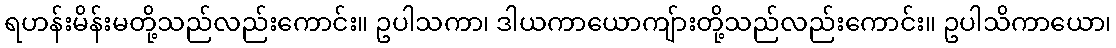
ရဟန်းမိန်းမတို့သည်လည်းကောင်း။ ဥပါသကာ၊ ဒါယကာယောကျ်ားတို့သည်လည်းကောင်း။ ဥပါသိကာယော၊